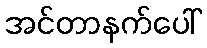
အင်တာနက်ပေါ်